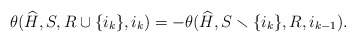
\begin{align*}\theta(\widehat{H}, S, {R} \cup \{ i_{k} \}, i_{k}) = - \theta(\widehat{H}, S \smallsetminus \{ i_k \}, {R}, i_{k - 1}).\end{align*}